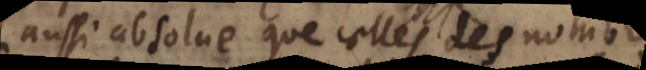
aussi absolue que celles des nombr